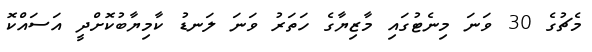
މެޗުގެ 30 ވަނަ މިނެޓުގައި މާޒިޔާގެ ހަތަރު ވަނަ ލަނޑު ކާމިޔާބުކޮށްދީ އަސައްކޮ